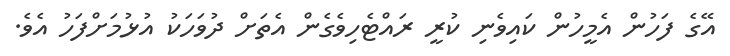
އޭގެ ފަހުން އެމީހުން ކައިވެނި ކުރީ ރައްޓެހިވެގެން އެތަށް ދުވަހަކު އުޅުމަށްފަހު އެވެ.